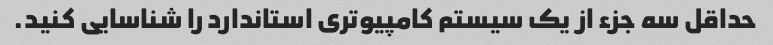
حداقل سه جزء از یک سیستم کامپیوتری استاندارد را شناسایی کنید.